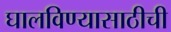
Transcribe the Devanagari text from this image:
घालविण्यासाठीची